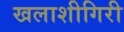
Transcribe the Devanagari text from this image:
खलाशीगिरी